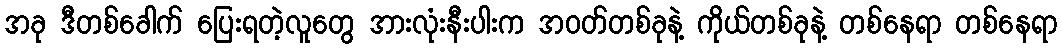
အခု ဒီတစ်ခေါက် ပြေးရတဲ့လူတွေ အားလုံးနီးပါးက အဝတ်တစ်ခုနဲ့ ကိုယ်တစ်ခုနဲ့ တစ်နေရာ တစ်နေရာ